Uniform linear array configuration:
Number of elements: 12
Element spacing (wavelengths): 1
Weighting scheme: uniform
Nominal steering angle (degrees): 0
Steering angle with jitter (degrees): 1.564
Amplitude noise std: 0.05
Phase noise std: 0.05

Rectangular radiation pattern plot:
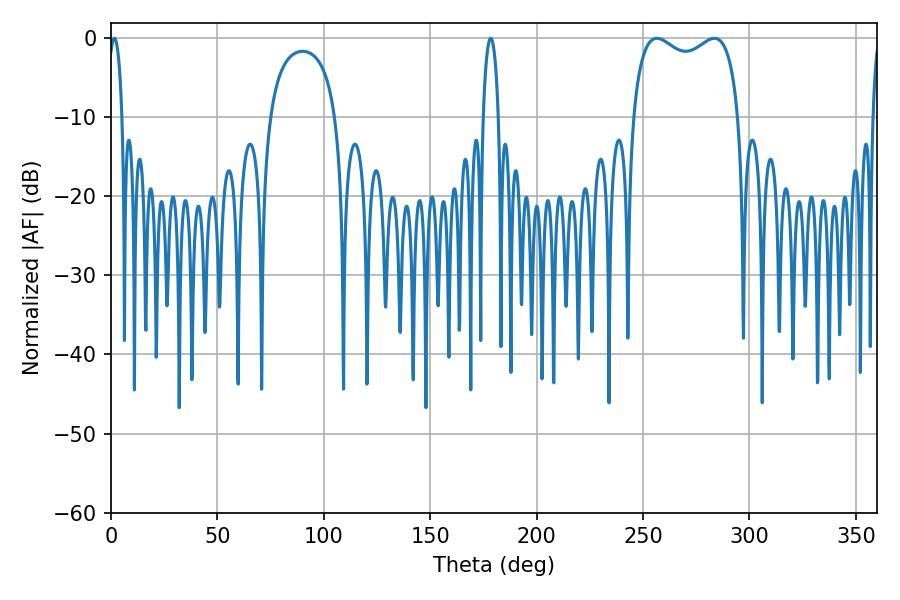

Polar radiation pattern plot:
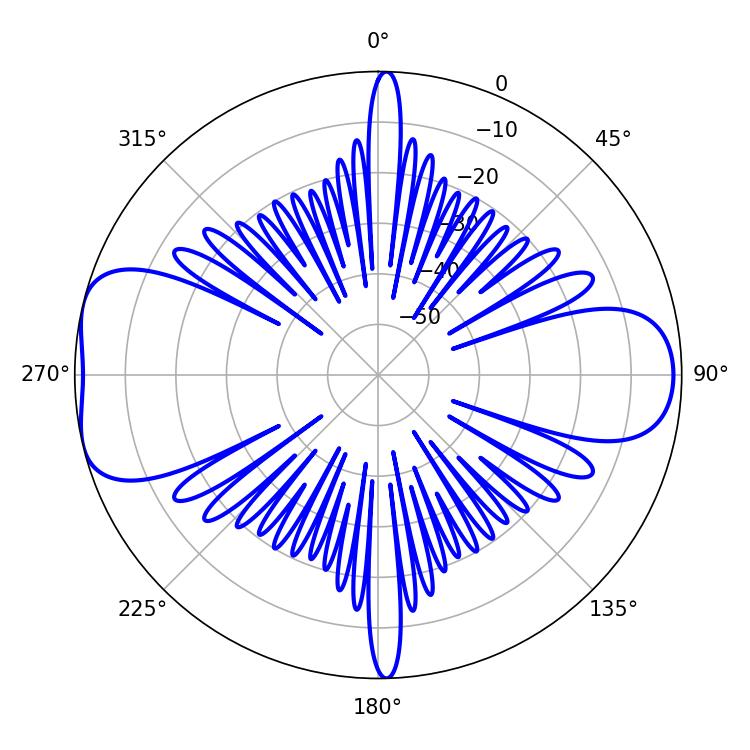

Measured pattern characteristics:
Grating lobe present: TRUE
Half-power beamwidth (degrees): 41.04
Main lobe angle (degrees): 256.5